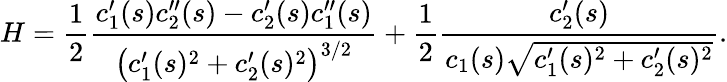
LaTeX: H={\frac{1}{2}}{\frac{c_{1}^{\prime}(s)c_{2}^{\prime\prime}(s)-c_{2}^{\prime}(s)c_{1}^{\prime\prime}(s)}{{\big(}c_{1}^{\prime}(s)^{2}+c_{2}^{\prime}(s)^{2}{\big)}^{3/2}}}+{\frac{1}{2}}{\frac{c_{2}^{\prime}(s)}{c_{1}(s){\sqrt{c_{1}^{\prime}(s)^{2}+c_{2}^{\prime}(s)^{2}}}}}.